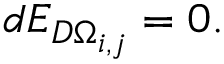
d E _ { D \Omega _ { i , j } } = 0 .